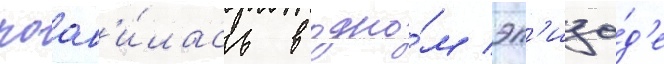
поав'и́лась в одно́м эп'изо́д'е